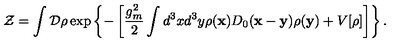
{ \cal Z } = \int { \cal D } \rho \exp \left\{ - \left[ \frac { g _ { m } ^ { 2 } } { 2 } \int d ^ { 3 } x d ^ { 3 } y \rho ( { \bf x } ) D _ { 0 } ( { \bf x } - { \bf y } ) \rho ( { \bf y } ) + V [ \rho ] \right] \right\} .